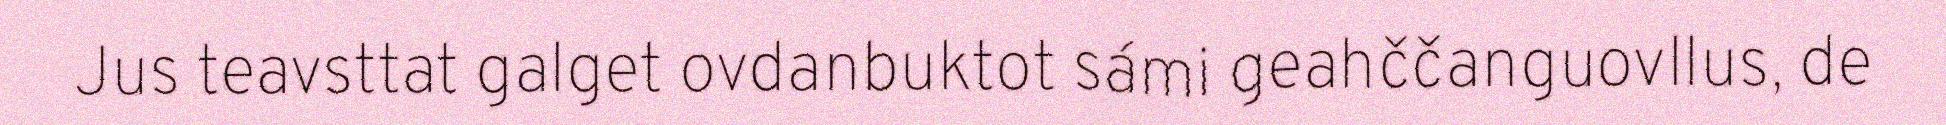
Jus teavsttat galget ovdanbuktot sámi geahččanguovllus, de